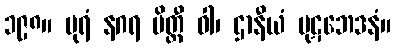
၁၉၈။ ပုရံ နဂရ မိတ္ထီ ဝါ၊ ဌာနီယံ ပုဋဘေဒနံ။